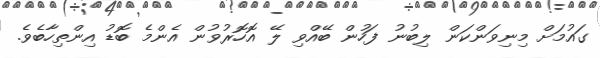
ގައުމަށް މިނިވަންކަން ލިބުނު ފަހުން ބޭއްވި ލޭ އޮހޮރުވުން އެންމެ ބޮޑު އިންތިހާބެވެ.